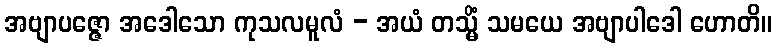
အဗျာပဇ္ဇော အဒေါသော ကုသလမူလံ - အယံ တသ္မိံ သမယေ အဗျာပါဒေါ ဟောတိ။